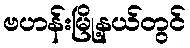
ဗဟန်းမြို့နယ်တွင်